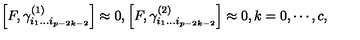
\left[ F , \gamma _ { i _ { 1 } \ldots i _ { p - 2 k - 2 } } ^ { ( 1 ) } \right] \approx 0 , \left[ F , \gamma _ { i _ { 1 } \ldots i _ { p - 2 k - 2 } } ^ { ( 2 ) } \right] \approx 0 , k = 0 , \cdots , c ,